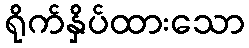
ရိုက်နှိပ်ထားသော